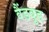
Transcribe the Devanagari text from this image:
वैंडवुड